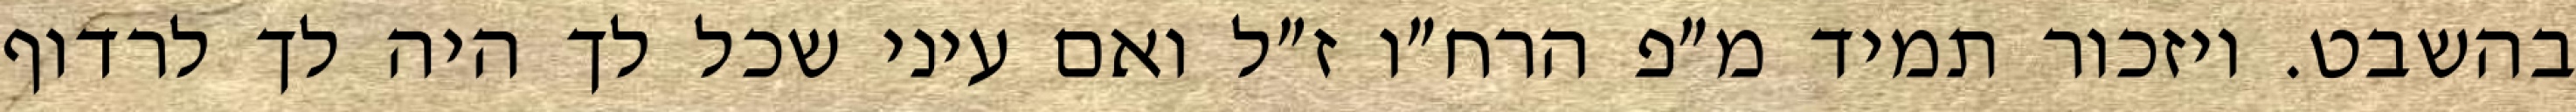
בהשבט. ויזכור תמיד מ״פ הרח״ו ז״ל ואם עיני שכל לך היה לך לרדוף